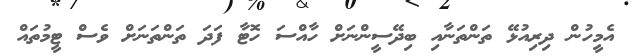
އެމީހުން ދިރިއުޅޭ ތަންތަނާއި ބިދޭސީންނަށް ހާއްސަ ހޮޓާ ފަދަ ތަންތަނަށް ވެސް ޓީމުތައް